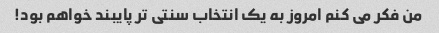
من فکر می کنم امروز به یک انتخاب سنتی تر پایبند خواهم بود!